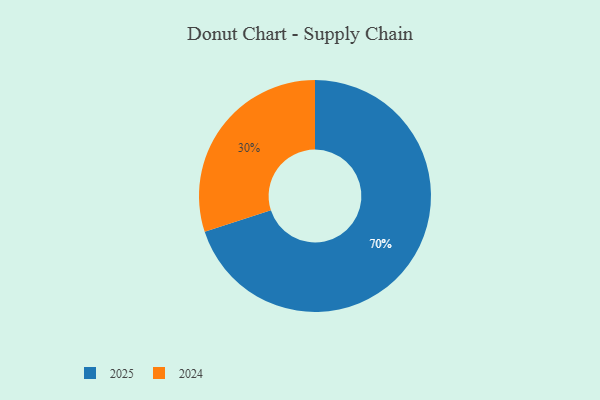
{"axis": {"x": "Category", "y": "Percentage"}, "legend": ["2024", "2025"], "data": [{"x": "2025", "y": 70, "type": "2025"}, {"x": "2024", "y": 30, "type": "2024"}]}